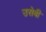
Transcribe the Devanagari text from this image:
उसेबी